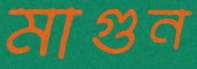
মাগুন